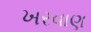
ખરવાણ